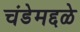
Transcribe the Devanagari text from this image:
चंडेमद्दळे